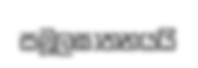
සමූලඝාතනයයි